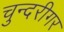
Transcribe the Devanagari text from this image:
चुन्दरीगर